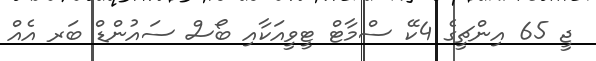
ޖީ 65 އިންޗީގެ 4ކޭ ސްމާޓް ޓީވީއަކާއި ބޯސް ސައުންޑް ބަރ އެއް